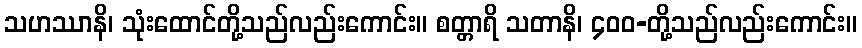
သဟဿာနိ၊ သုံးထောင်တို့သည်လည်းကောင်း။ စတ္တာရိ သတာနိ၊ ၄၀၀-တို့သည်လည်းကောင်း။